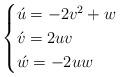
LaTeX: \begin{align*}\begin{cases}\acute{u}=-2v^{2}+w\\\acute{v}=2uv\\\acute{w}=-2uw\end{cases}\end{align*}